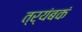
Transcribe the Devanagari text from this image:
त्र्यंबकं